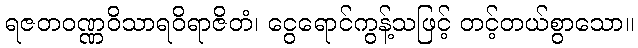
ရဇတဝဏ္ဏဝိသာရဝိရာဇိတံ၊ ငွေရောင်ကွန့်သဖြင့် တင့်တယ်စွာသော။